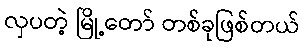
လှပတဲ့ မြို့တော် တစ်ခုဖြစ်တယ်